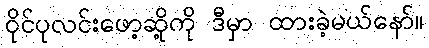
ဝိုင်ပုလင်းဖော့ဆို့ကို ဒီမှာ ထားခဲ့မယ်နော်။